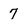
Character: 7